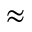
\approx